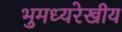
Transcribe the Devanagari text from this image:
भुमध्यरेखीय